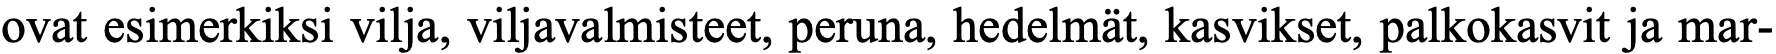
ovat esimerkiksi vilja, viljavalmisteet, peruna, hedelmät, kasvikset, palkokasvit ja mar-